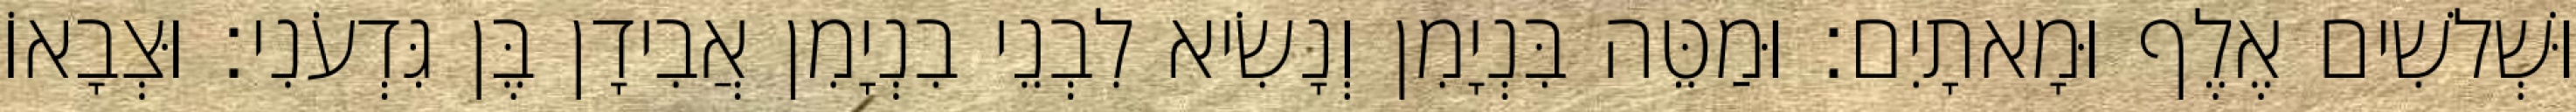
וּשְׁלשִׁים אֶלֶף וּמָאתָיִם׃ וּמַטֵּה בִּנְיָמִן וְנָשִׂיא לִבְנֵי בִנְיָמִן אֲבִידָן בֶּן גִּדְעֹנִי׃ וּצְבָאוֹ